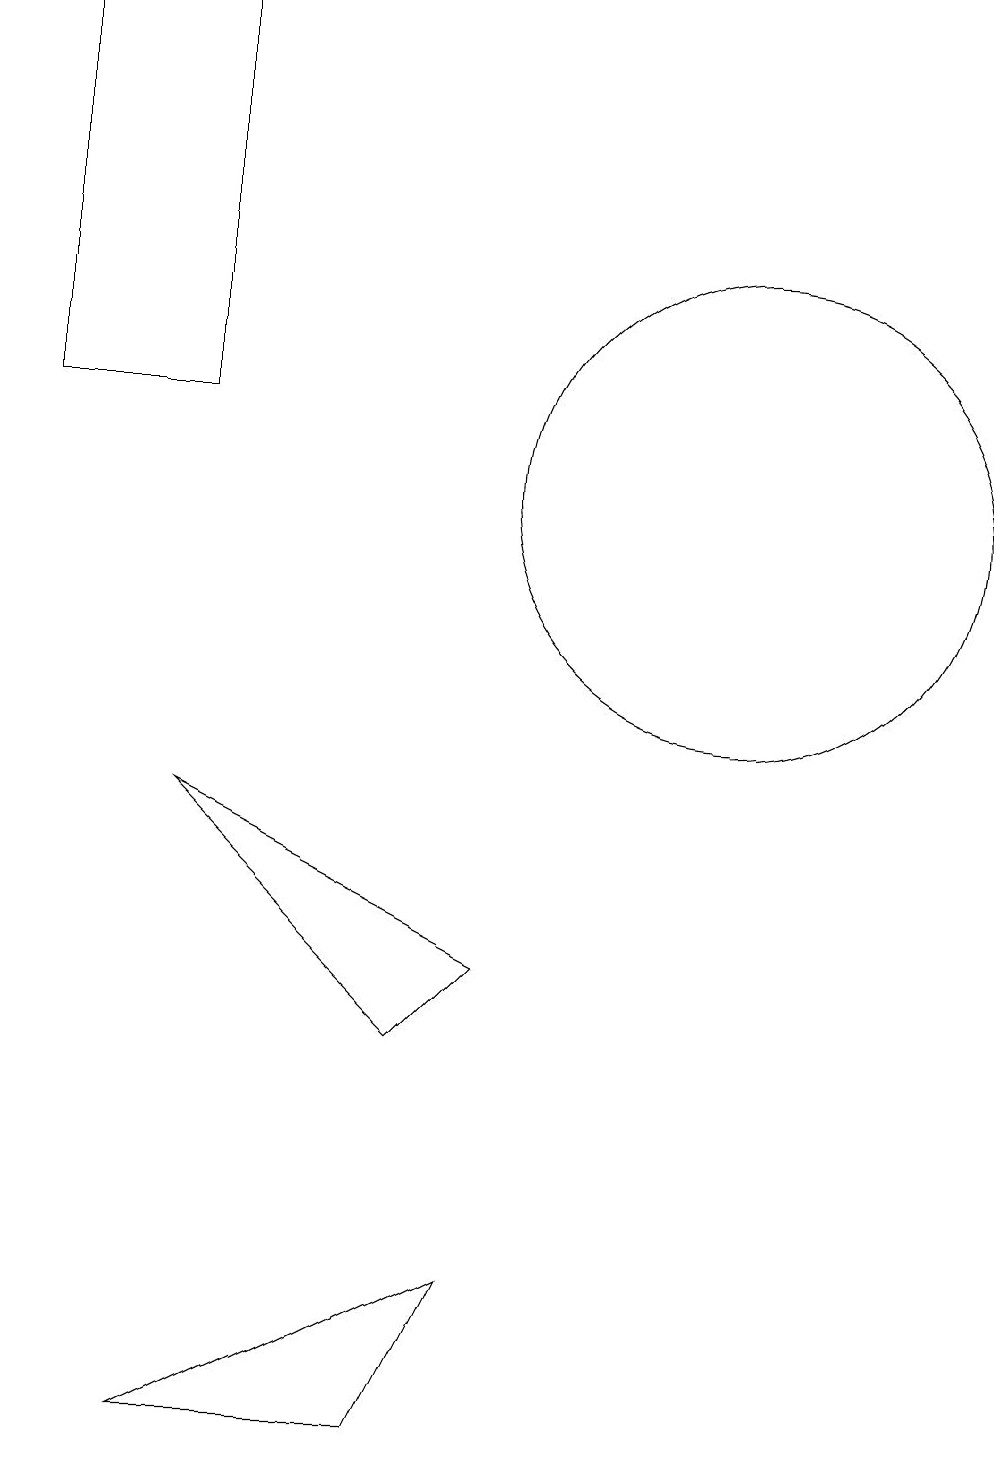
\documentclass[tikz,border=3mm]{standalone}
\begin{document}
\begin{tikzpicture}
\draw (11,12) circle (3);
\draw (10,11) circle (0);
\draw (7,5) -- (8,6) -- (4,8) -- cycle;
\draw (7,0) -- (4,0) -- (8,2) -- cycle;
\draw (4,13) rectangle (2,18);
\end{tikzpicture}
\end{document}